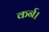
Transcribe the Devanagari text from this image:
कर्न।